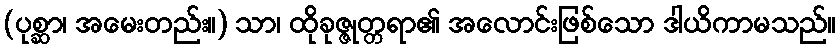
(ပုစ္ဆာ၊ အမေးတည်း။) သာ၊ ထိုခုဇ္ဇုတ္တရာ၏ အလောင်းဖြစ်သော ဒါယိကာမသည်။